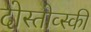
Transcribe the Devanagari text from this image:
दोस्तोव्स्की